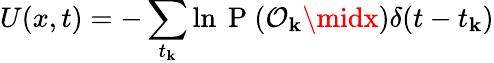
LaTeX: U(x,t)=-\sum_{t_{\mathbf{k}}}\ln\mathrm{{~P~}}(\mathcal{{O}}_{\mathbf{k}}\midx)\delta(t-t_{\mathbf{k}})